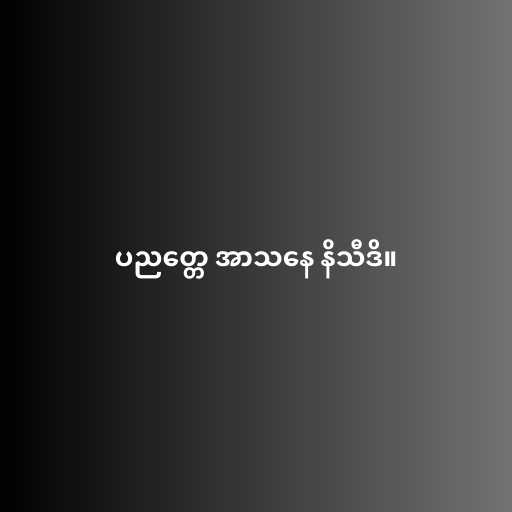
ပညတ္တေ အာသနေ နိသီဒိ။